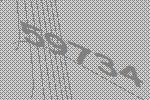
59734